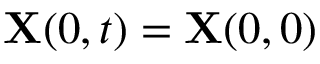
\mathbf { X } ( 0 , t ) = \mathbf { X } ( 0 , 0 )